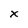
Character: x